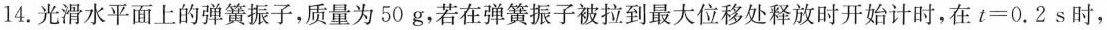
14.光滑水平面上的弹簧振子，质量为50g，若在弹簧振子被拉到最大位移处释放时开始计时，在$$t=0.2s$$时，